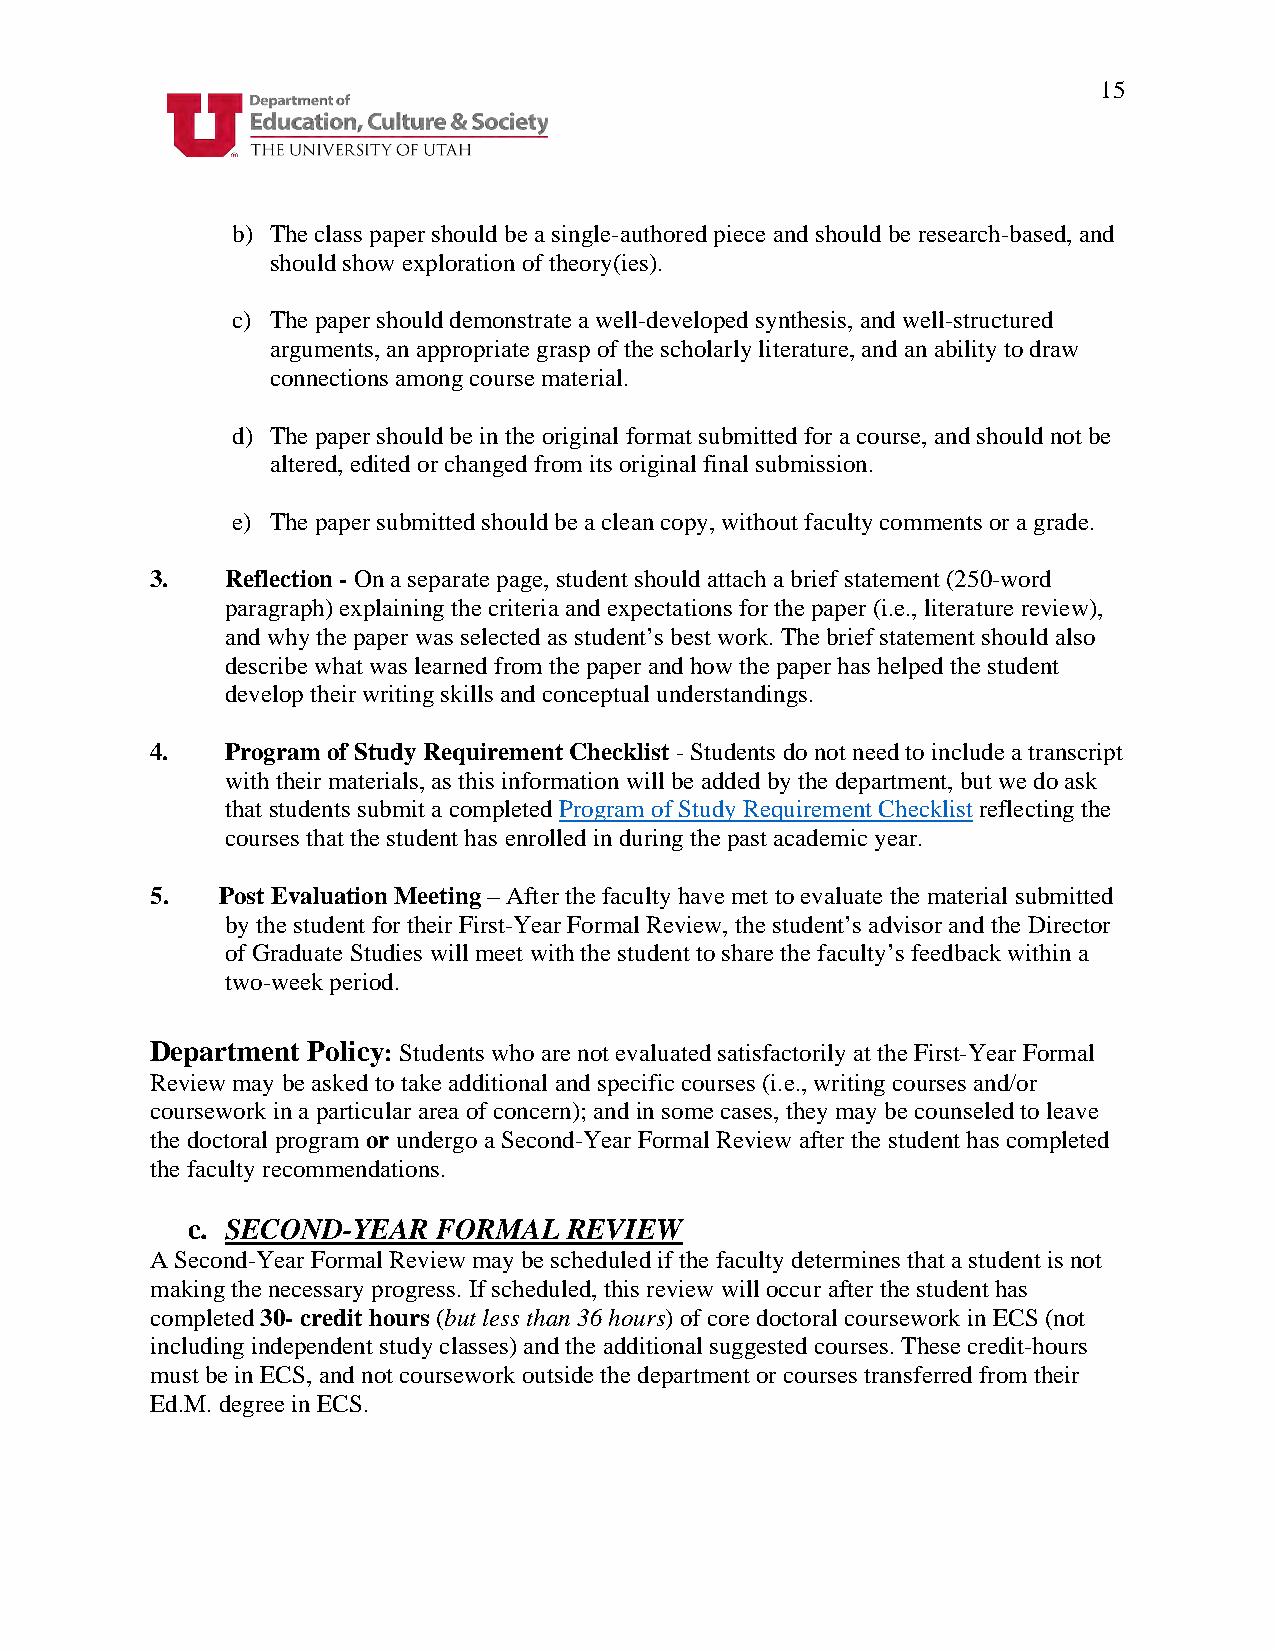
15
 b) The class paper should be a single-authored piece and should be research-based, and
 should show exploration of theory(ies).
 c) The paper should demonstrate a well-developed synthesis, and well-structured
 arguments, an appropriate grasp of the scholarly literature, and an ability to draw
 connections among course material.
 d) The paper should be in the original format submitted for a course, and should not be
 altered, edited or changed from its original final submission.
 e) The paper submitted should be a clean copy, without faculty comments or a grade.
 3.   Reflection - On a separate page, student should attach a brief statement (250-word
 paragraph) explaining the criteria and expectations for the paper (i.e., literature review),
 and why the paper was selected as student’s best work. The brief statement should also
 describe what was learned from the paper and how the paper has helped the student
 develop their writing skills and conceptual understandings.
 4.   Program of Study Requirement Checklist - Students do not need to include a transcript
 with their materials, as this information will be added by the department, but we do ask
 that students submit a completed Program of Study Requirement Checklist reflecting the
 courses that the student has enrolled in during the past academic year.
 5.  Post Evaluation Meeting – After the faculty have met to evaluate the material submitted
 by the student for their First-Year Formal Review, the student’s advisor and the Director
 of Graduate Studies will meet with the student to share the faculty’s feedback within a
 two-week period.
 Department Policy: Students who are not evaluated satisfactorily at the First-Year Formal
 Review may be asked to take additional and specific courses (i.e., writing courses and/or
 coursework in a particular area of concern); and in some cases, they may be counseled to leave
 the doctoral program or undergo a Second-Year Formal Review after the student has completed
 the faculty recommendations.
 c. SECOND-YEAR   FORMAL   REVIEW
 A Second-Year Formal Review may be scheduled if the faculty determines that a student is not
 making the necessary progress. If scheduled, this review will occur after the student has
 completed 30- credit hours (but less than 36 hours) of core doctoral coursework in ECS (not
 including independent study classes) and the additional suggested courses. These credit-hours
 must be in ECS, and not coursework outside the department or courses transferred from their
 Ed.M. degree in ECS.